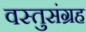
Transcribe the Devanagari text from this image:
वस्तुसंग्रह